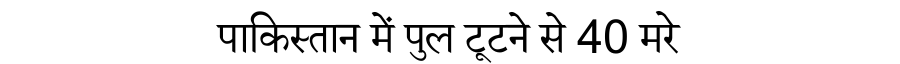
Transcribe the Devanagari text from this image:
पाकिस्तान में पुल टूटने से 40 मरे